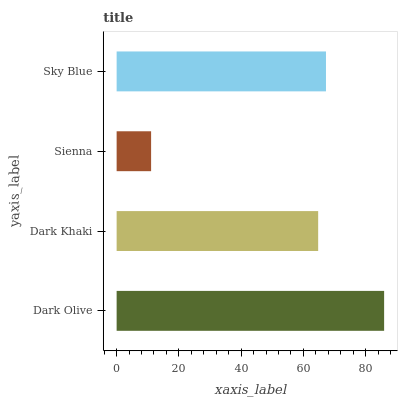
| yaxis_label | bars |
 | --- | --- |
 | Dark Olive | 85.9 |
 | Dark Khaki | 64.8 |
 | Sienna | 11.1 |
 | Sky Blue | 67.3 |